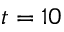
t = 1 0